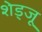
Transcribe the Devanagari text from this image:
शेड्जू